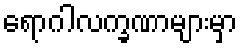
ရောဂါလက္ခဏာများမှာ